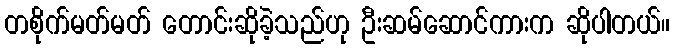
တစိုက်မတ်မတ် တောင်းဆိုခဲ့သည်ဟု ဦးဆမ်ဆောင်ကားက ဆိုပါတယ်။